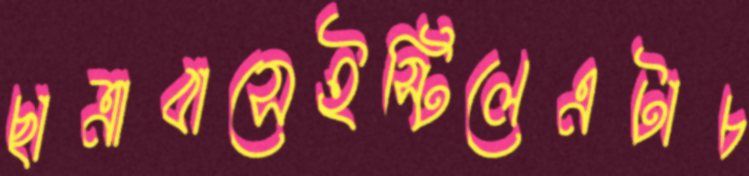
ছাত্রাবাসেইস্টিলেএটাচ